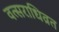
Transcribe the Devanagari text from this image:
वत्सराधिव्रत